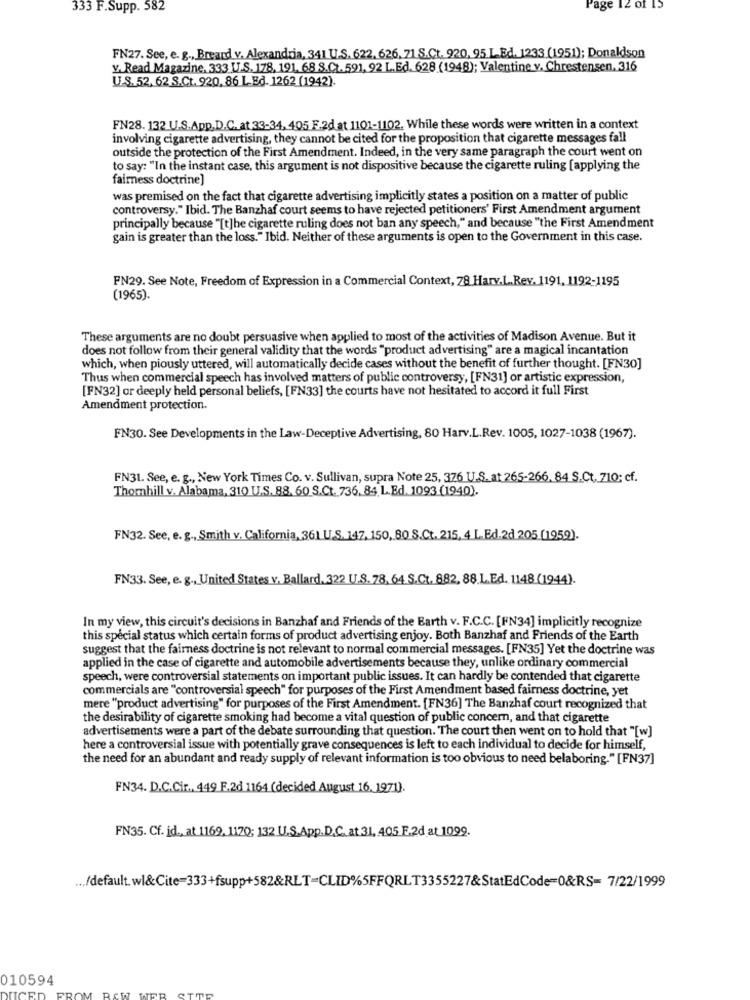
333 F.Supp. 582
Page 12 of 13
FN27. See, e. g ., Breand v. Alexandria, 341 U.S. 622, 626, 71 S.Ct. 920, 95 L_Ed. 1233 (1951); Donaldson
v. Read Magazine. 333 U.S. 178, 191. 68 S.Ct. 591, 92 L.Ed. 628 (1948); Valentine v. Chrestensen. 316
U.S. 52, 62 S.Ct. 920, 86 L.Ed. 1262 (1942).
FN28. 132 U.S.App.D.C. at 33-34, 405 F.2d at 1101-1102. While these words were written in a context
involving cigarette advertising, they cannot be cited for the proposition that cigarette messages fall
outside the protection of the First Amendment. Indeed, in the very same paragraph the court went on
to say: "In the instant case, this argument is not dispositive because the cigarette ruling [applying the
fairness doctrine]
was premised on the fact that cigarette advertising implicitly states a position on a matter of public
controversy." Ibid. The Banzhaf court seems to have rejected petitioners' First Amendment argument
principally because "[t]he cigarette ruling does not ban any speech," and because "the First Amendment
gain is greater than the loss." Ibid. Neither of these arguments is open to the Government in this case.
FN29. See Note, Freedom of Expression in a Commercial Context, 78 Harv.L.Rev. 1191, 1192-1195
(1965).
These arguments are no doubt persuasive when applied to most of the activities of Madison Avenue. But it
does not follow from their general validity that the words "product advertising" are a magical incantation
which, when piously uttered, will automatically decide cases without the benefit of further thought. [FN30]
Thus when commercial speech has involved matters of public controversy, [FN31] or artistic expression,
[FN32] or deeply held personal beliefs, [FN33] the courts have not hesitated to accord it full First
Amendment protection.
FN30. See Developments in the Law-Deceptive Advertising, 80 Harv.L.Rev. 1005, 1027-1038 (1967).
FN31. See, e. g ., New York Times Co. v. Sullivan, supra Note 25, 376 U.S. at 265-266, 84 S.Ct. 710; cf.
Thomhill v. Alabama, 310 U.S. 88. 60 S.Ct. 736. 84. L.Ed. 1093 (1940).
FN32. See, e. g ., Smith v. California, 361 U.S. 147, 150, 80 S.Ct. 215, 4 L.Ed.2d 205 (1959).
FN33. See, e. g ., United States v, Ballard, 322 U.S. 78, 64 S.Ct. 882, 88.L.Ed. 1148 (1944).
In my view, this circuit's decisions in Banzhaf and Friends of the Earth v. F.C.C. [FN34] implicitly recognize
this special status which certain forms of product advertising enjoy. Both Banzhaf and Friends of the Earth
suggest that the fairness doctrine is not relevant to normal commercial messages. [FN35] Yet the doctrine was
applied in the case of cigarette and automobile advertisements because they, unlike ordinary commercial
speech, were controversial statements on important public issues. It can hardly be contended that cigarette
commercials are "controversial speech" for purposes of the First Amendment based fairness doctrine, yet
mere "product advertising" for purposes of the First Amendment. [FN36] The Banzhaf court recognized that
the desirability of cigarette smoking had become a vital question of public concern, and that cigarette
advertisements were a part of the debate surrounding that question. The court then went on to hold that "[w]
here a controversial issue with potentially grave consequences is left to each individual to decide for himself,
the need for an abundant and ready supply of relevant information is too obvious to need belaboring." [FN37]
FN34. D.C.Cit ., 449 F.2d 1164 (decided August 16, 1971).
FN35. Cf. id ., at 1169, 1170; 132 U.S.App.D.C. at.31, 405 E.2d at 1099.
... /default. wl&Cite=333+fsupp+582&RLT=CLID%5FFQRLT3355227&StatEdCode=0&RS= 7/22/1999
010594
DUCED